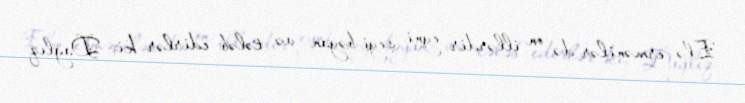
Elə ermənilər də on illərdir eyni şeyi bəyan və tələb edirlər ki, Dağlıq